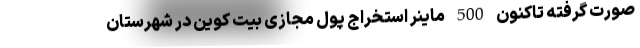
صورت گرفته تاکنون 500 ماینر استخراج پول مجازی بیت کوین در شهرستان